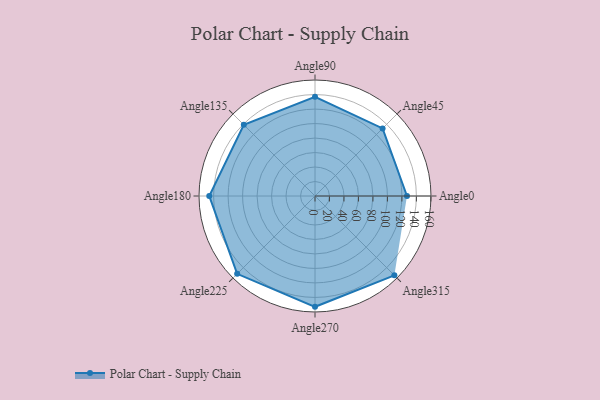
{"axis": {"x": "Angle", "y": "Radius"}, "legend": [""], "data": [{"x": "Angle0", "y": 127.0, "type": ""}, {"x": "Angle45", "y": 132.0, "type": ""}, {"x": "Angle90", "y": 137.0, "type": ""}, {"x": "Angle135", "y": 139.0, "type": ""}, {"x": "Angle180", "y": 146.0, "type": ""}, {"x": "Angle225", "y": 152.0, "type": ""}, {"x": "Angle270", "y": 153.0, "type": ""}, {"x": "Angle315", "y": 155.0, "type": ""}]}